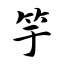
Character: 竽